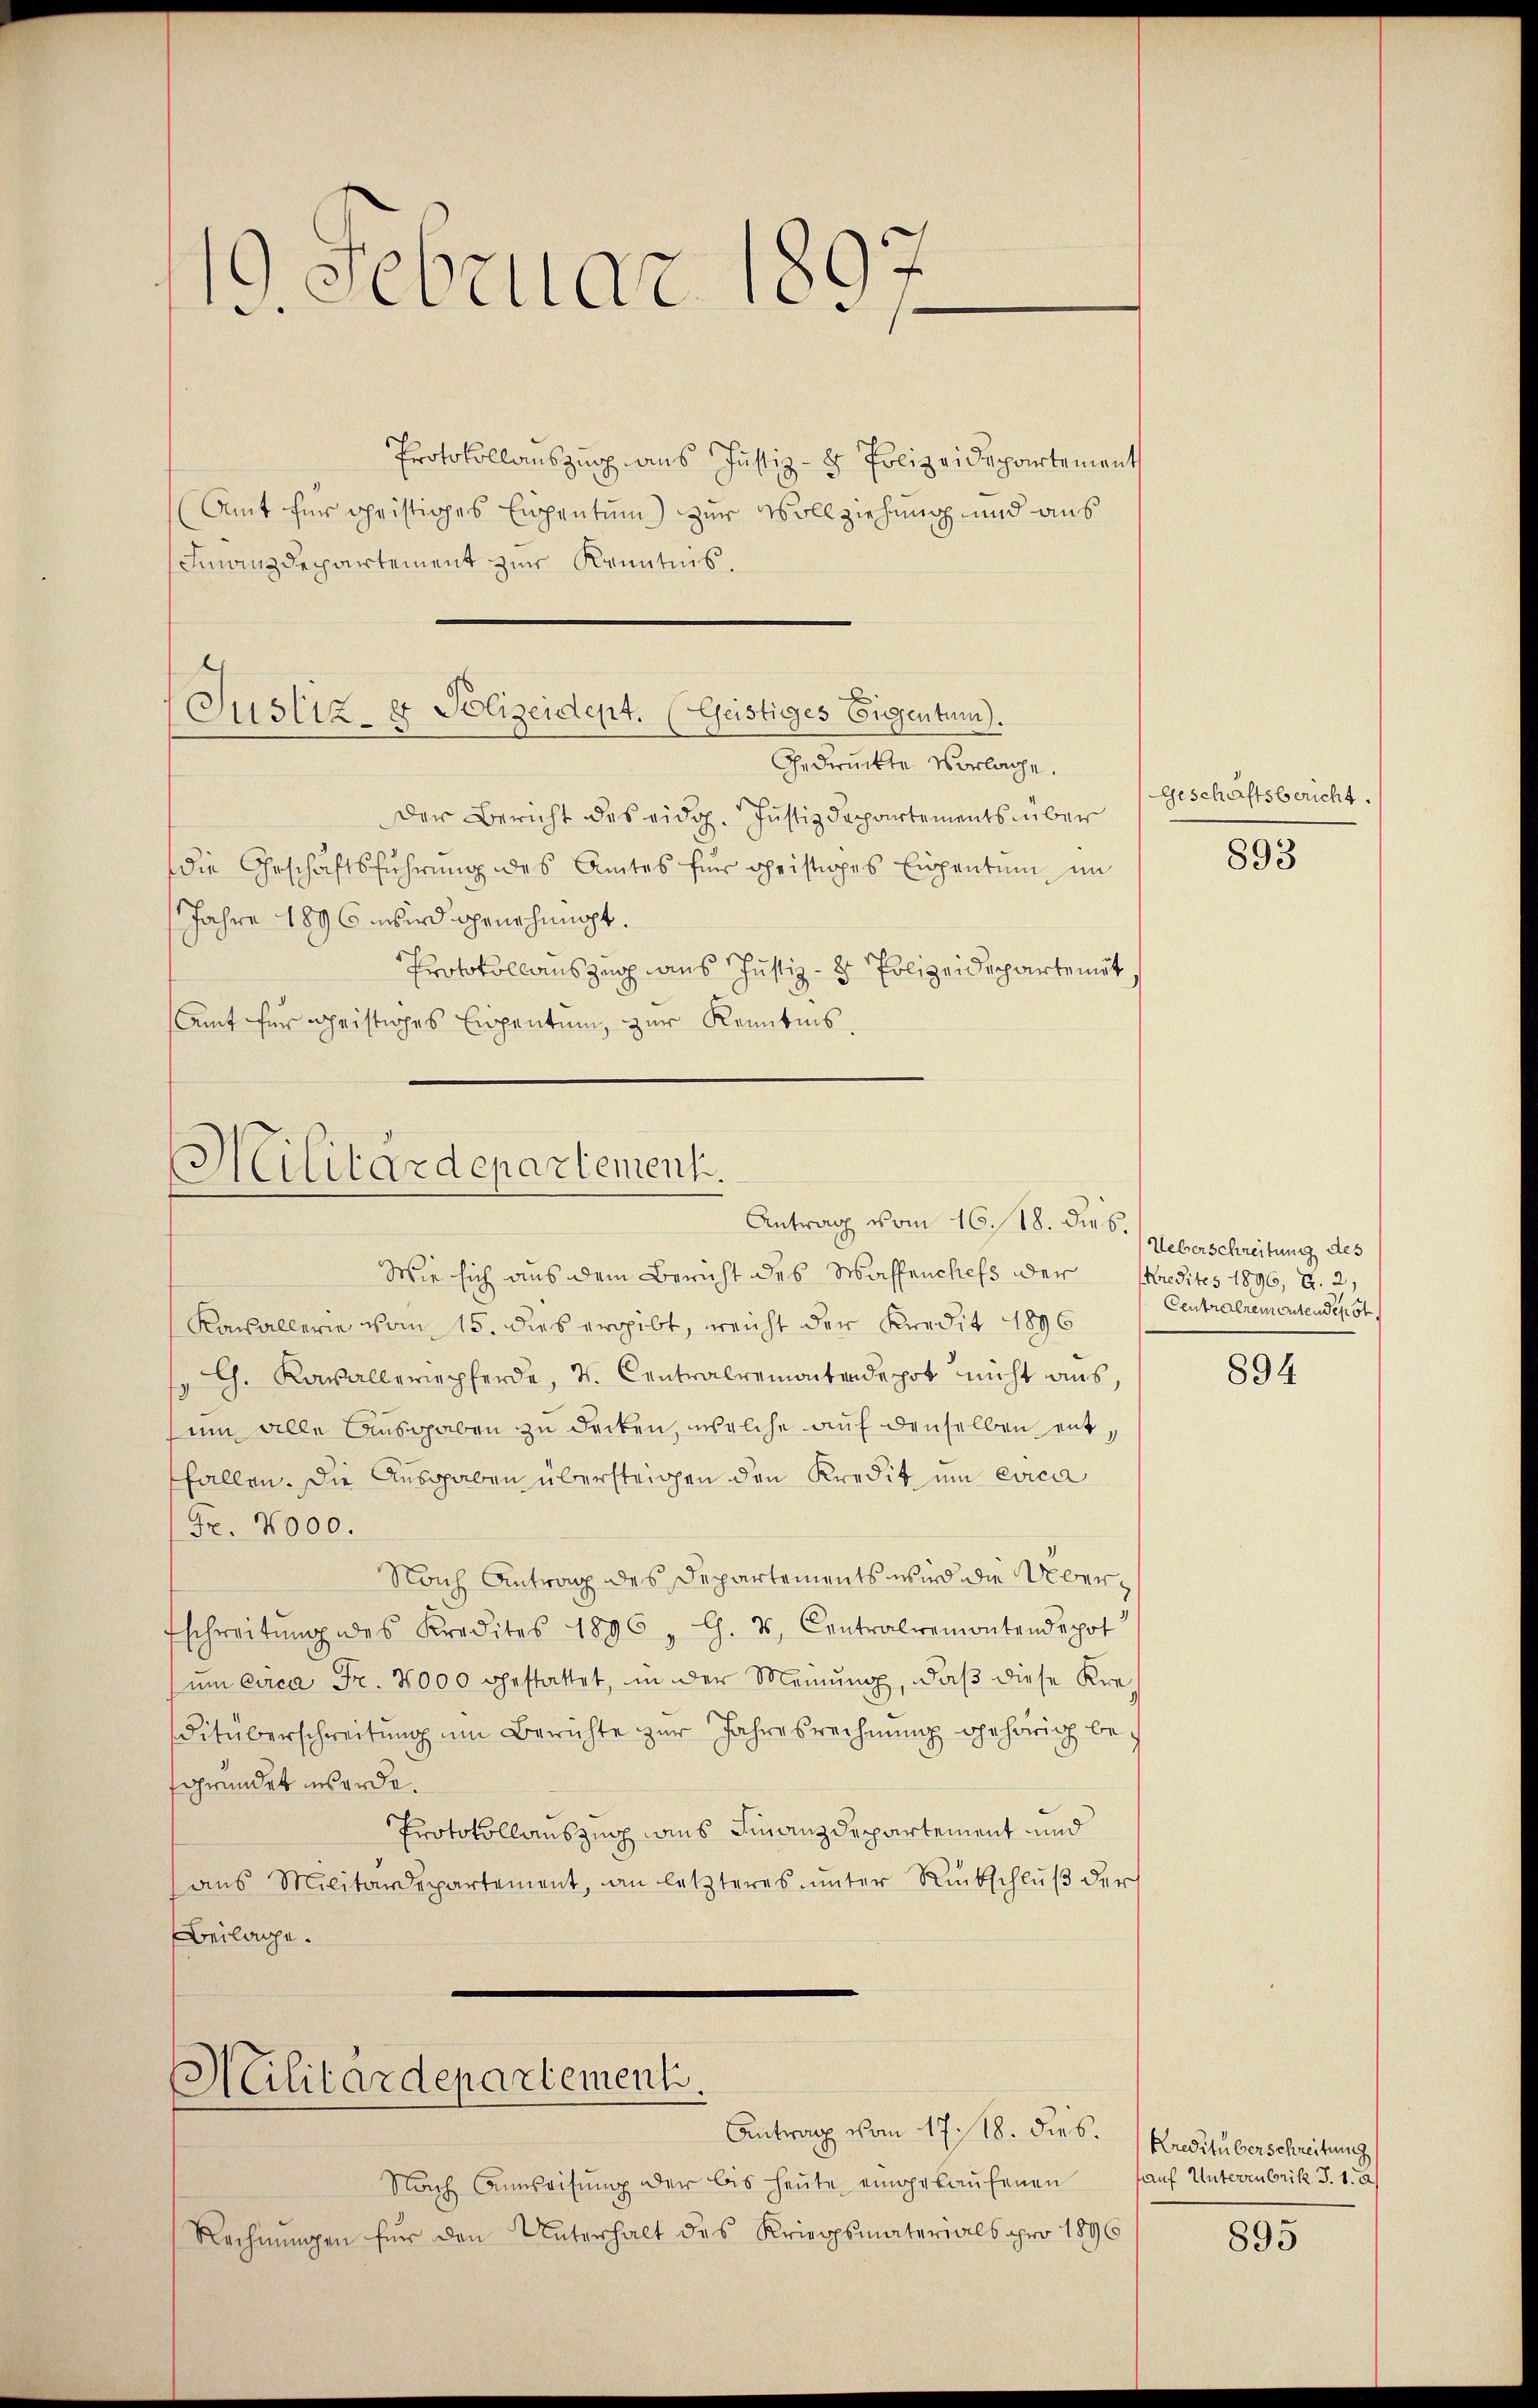
19. Februar 1897.

Protokollauszug aus Justiz- & Polizeidepartement
(Amt für Christiges Eispentum) zur Vollziehung und aus
Finanzdepartement zur Kenntnis.

Polizeidept. (Geistiges Eigentum).
Justiz.
Gedrückte Vorlage.

Militärdepartement.
Antrag vom 16. 18. dies.

Militärdepartement.

Der Bericht des eidg. Justizdepartements über
die Geschäftsführung des Amtes für Christiges Eigentum im
Jahre 1896 wird genehmigt.
Protokollauszug aus Justiz- & Polizeidepartemit,
Amt für geistiges Eigentum, zur Kenntnis.

Nach Anweisung der bis heute eingekaufenen
Rechnungen für den Unterhalt des Kriegsmaterials pro 1896

Wie sich aus dem Bericht des Waffenchefs oder Predites 1896, d. 2,
Kasallerie vom 15. dies ergibt, reicht der Kredit 1896
C. Kavalleriepferde, v. Centralremontendepot nicht aus,
um alle Ausgaben zu decken, welche auf denselben entffallen. Die Ausgaben übersteigen den Kredit um evicar
Fr. 2000.
Nach Antrag des Departements wird die Über¬
Eschreitung des Kredites 1896, C. v. Centralremontendepot
um circa Fr. 2000 gestattet, in der Meinung, daß diese Kreditüberschreitung um Berichte zur Jahresrechnŭng gehörig befgründet werde.
Protokollauszug aus Finanzdepartement und
aus Militärdepartement, an letzteres unter Rückschlŭβ der
Beilage.

Antrag vom 17./18. dies.

Geschäftsbericht.

893

Ueberschreitung des
Centralremontendepot

894

Kreditüberschreitung
kauf Unterzubrik S. 1. A

895